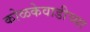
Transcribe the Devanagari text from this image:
कोळकेवाडीच्या